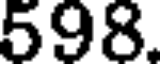
598.